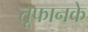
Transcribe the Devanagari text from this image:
तूफानके